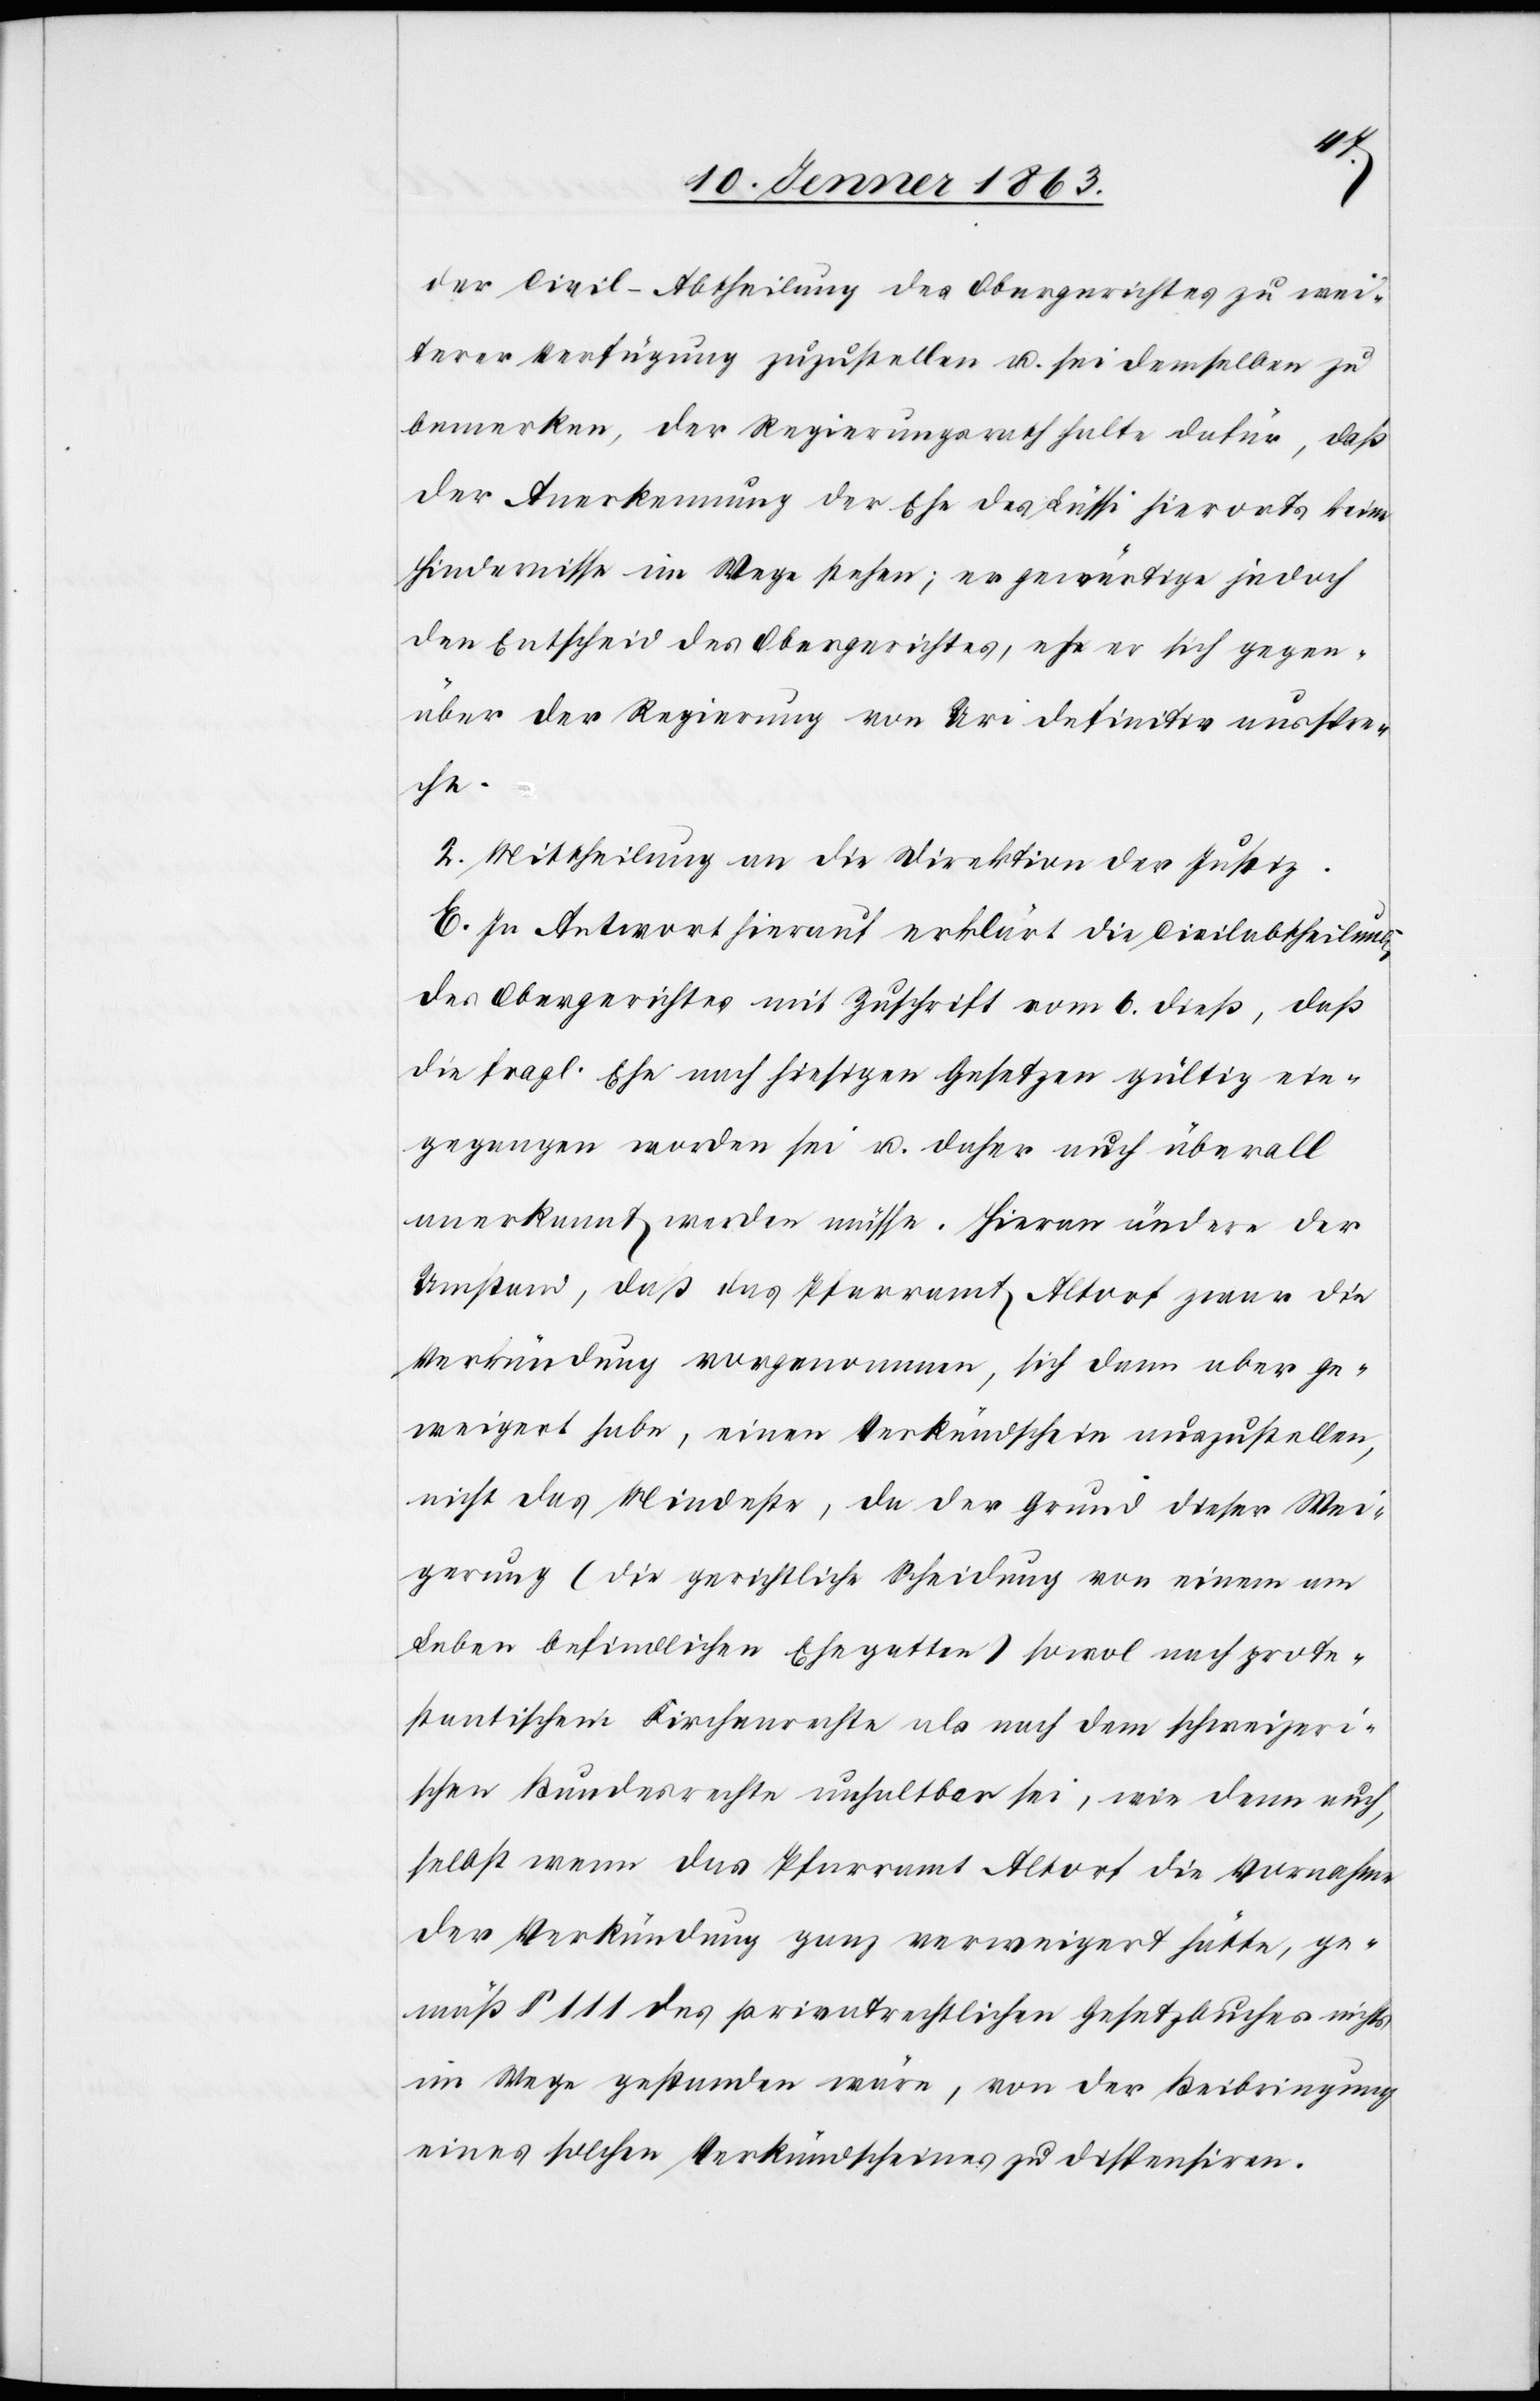
der Civil-Abtheilung des Obergerichtes zu wei¬
terer Verfügung zuzustellen u. sei demselben zu
bemerken, der Regierungsrath halte dafür, daß
der Anerkennung der Ehe des Lüssi hierorts keine
Hindernisse im Wege stehen; er gewärtige jedoch
den Entscheid des Obergerichtes, ehe er sich gegen¬
über der Regierung von Uri definitiv ausspre¬
che.
2. Mittheilung an die Direktion der Justiz.
E. In Antwort hierauf erklärt die Civilabtheilung
des Obergerichtes mit Zuschrift vom 6. dieß, daß
die fragl. Ehe nach hiesigen Gesetzen gültig ein¬
gegangen worden sei u. daher auch überall
anerkannt werden müsse. Hieran ändere der
Umstand, daß das Pfarramt Altorf zwar die
Verkündung vorgenommen, sich dann aber ge¬
weigert habe, einen Verkündschein auszustellen,
nicht das Mindeste, da der Grund dieser Wei¬
gerung (die gerichtliche Scheidung von einem am
Leben befindlichen Ehegatten) sowol nach prote¬
stantischem Kirchenrechte als nach dem schweizeri¬
schen Bundesrechte unhaltbar sei, wie denn auch,
selbst wenn das Pfarramt Altorf die Vornahme
der Verkündung ganz verweigert hätte, ge¬
mäß § 111 des privatrechtlichen Gesetzbuches nichts
im Wege gestanden wäre, von der Beibringung
eines solchen Verkündscheines zu dispensiren.